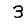
Digit: 3